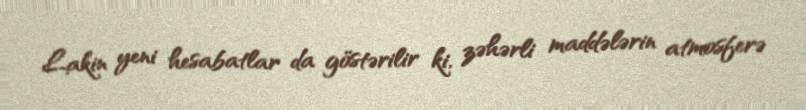
Lakin yeni hesabatlar da göstərilir ki, zəhərli maddələrin atmosferə